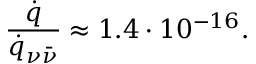
\frac { \dot { q } } { \dot { q } _ { \nu \bar { \nu } } } \approx 1 . 4 \cdot 1 0 ^ { - 1 6 } .